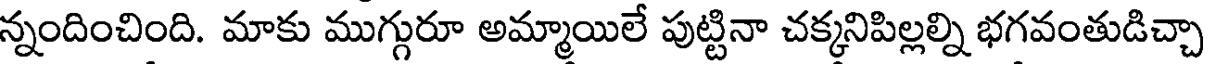
న్నందించింది. మాకు ముగ్గురూ అమ్మాయిలే పుట్టినా చక్కనిపిల్లల్ని భగవంతుడిచ్చా